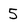
Character: 5